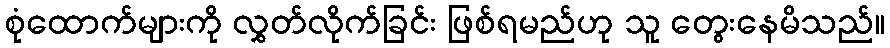
စုံထောက်များကို လွှတ်လိုက်ခြင်း ဖြစ်ရမည်ဟု သူ တွေးနေမိသည်။